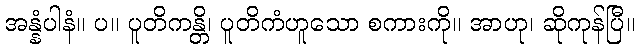
အန္နံပါနံ။ ပ။ ပူတိကန္တိ၊ ပူတိကံဟူသော စကားကို။ အာဟု၊ ဆိုကုန်ပြီ။